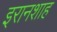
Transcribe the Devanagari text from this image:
इरानशाह